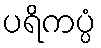
ပရိကပ္ပံ